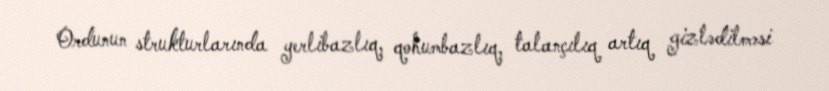
Ordunun strukturlarında yerlibazlıq, qohumbazlıq, talançılıq artıq gizlədilməsi